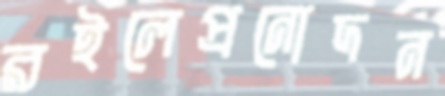
রইলেপ্রনোদন